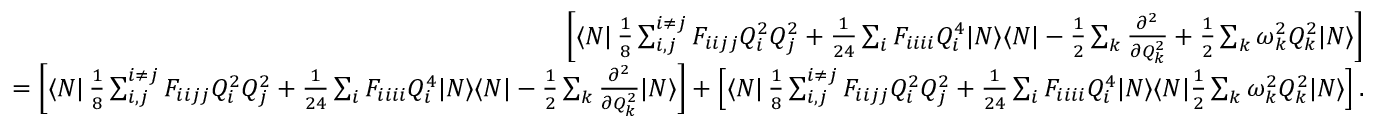
\begin{array} { r l r } & { } & { \left[ \langle N | \, \frac { 1 } { 8 } \sum _ { i , j } ^ { i \neq j } F _ { i i j j } Q _ { i } ^ { 2 } Q _ { j } ^ { 2 } + \frac { 1 } { 2 4 } \sum _ { i } F _ { i i i i } Q _ { i } ^ { 4 } | N \rangle \langle N | - \frac { 1 } { 2 } \sum _ { k } \frac { \partial ^ { 2 } } { \partial Q _ { k } ^ { 2 } } + \frac { 1 } { 2 } \sum _ { k } \omega _ { k } ^ { 2 } Q _ { k } ^ { 2 } | N \rangle \right] } \\ & { } & { = \left[ \langle N | \, \frac { 1 } { 8 } \sum _ { i , j } ^ { i \neq j } F _ { i i j j } Q _ { i } ^ { 2 } Q _ { j } ^ { 2 } + \frac { 1 } { 2 4 } \sum _ { i } F _ { i i i i } Q _ { i } ^ { 4 } | N \rangle \langle N | - \frac { 1 } { 2 } \sum _ { k } \frac { \partial ^ { 2 } } { \partial Q _ { k } ^ { 2 } } | N \rangle \right] + \left[ \langle N | \, \frac { 1 } { 8 } \sum _ { i , j } ^ { i \neq j } F _ { i i j j } Q _ { i } ^ { 2 } Q _ { j } ^ { 2 } + \frac { 1 } { 2 4 } \sum _ { i } F _ { i i i i } Q _ { i } ^ { 4 } | N \rangle \langle N | \frac { 1 } { 2 } \sum _ { k } \omega _ { k } ^ { 2 } Q _ { k } ^ { 2 } | N \rangle \right] . } \end{array}